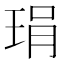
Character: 琄